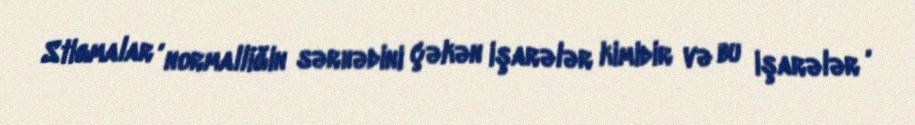
Stigmalar , normalliğin sərhədini çəkən işarələr kimidir və bu işarələr ,